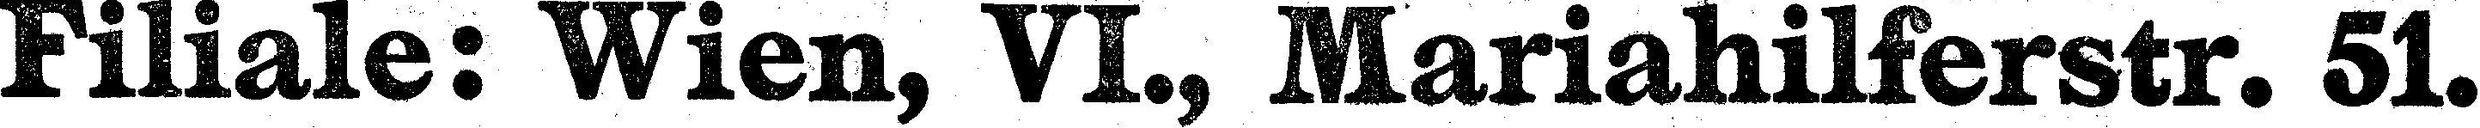
Filiale: Wien, VI., Mariahilferstr. 51.